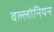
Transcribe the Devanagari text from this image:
वल्लोनियन